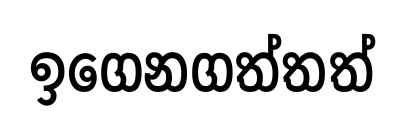
ඉගෙනගත්තත්